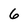
Character: 6